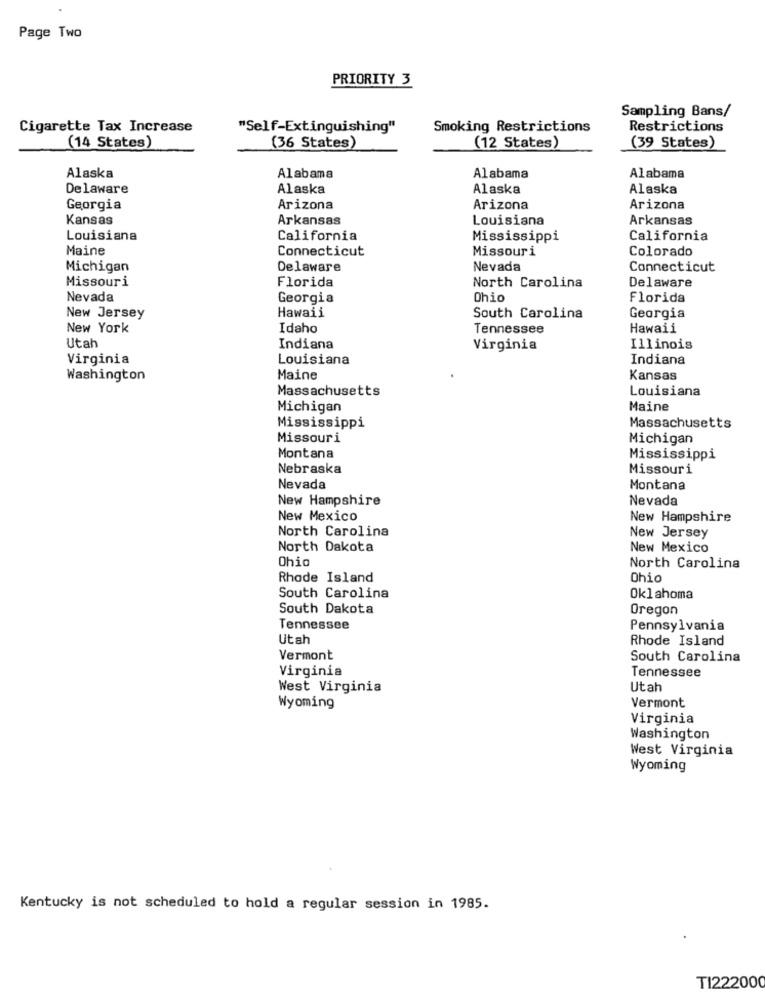
Page Two
PRIORITY 3
Sampling Bans/
Cigarette Tax Increase
"Self-Extinguishing"
Smoking Restrictions
Restrictions
(14 States)
(36 States)
(12 States)
(39 States)
Alaska
Alabama
Alabama
Alabama
Delaware
Alaska
Alaska
Alaska
Georgia
Arizona
Arizona
Arizona
Kansas
Arkansas
Louisiana
Arkansas
Louisiana
California
Mississippi
California
Maine
Connecticut
Missouri
Colorado
Michigan
Delaware
Nevada
Connecticut
Missouri
Florida
Delaware
North Carolina
Nevada
Georgia
Ohio
Florida
New Jersey
Hawaii
Georgia
South Carolina
New York
Idaho
Tennessee
Hawaii
Utah
Indiana
Virginia
Illinois
Virginia
Louisiana
Indiana
Washington
Maine
Kansas
Massachusetts
Louisiana
Michigan
Maine
Mississippi
Massachusetts
Missouri
Michigan
Montana
Mississippi
Nebraska
Missouri
Nevada
Montana
New Hampshire
Nevada
New Mexico
New Hampshire
North Carolina
New Jersey
North Dakota
New Mexico
Ohio
North Carolina
Rhode Island
Ohio
South Carolina
Oklahoma
South Dakota
Oregon
Tennessee
Pennsylvania
Utah
Rhode Island
Vermont
South Carolina
Virginia
Tennessee
West Virginia
Utah
Wyoming
Vermont
Virginia
Washington
West Virginia
Wyoming
Kentucky is not scheduled to hold a regular session in 1985.
T1222000